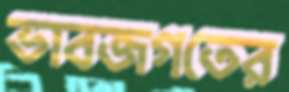
ভাবজগতের